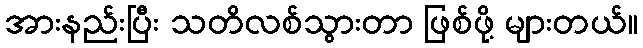
အားနည်းပြီး သတိလစ်သွားတာ ဖြစ်ဖို့ များတယ်။